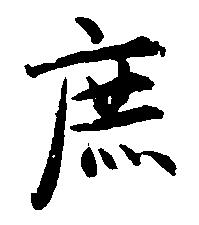
庶